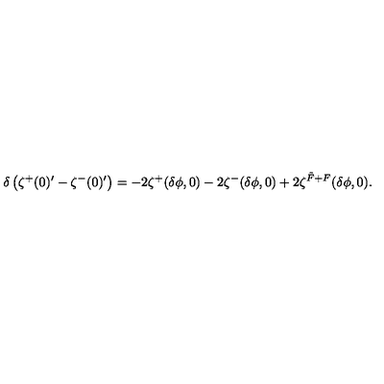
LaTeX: \delta \left( \zeta ^ { + } ( 0 ) ^ { \prime } - \zeta ^ { - } ( 0 ) ^ { \prime } \right) = - 2 \zeta ^ { + } ( \delta \phi , 0 ) - 2 \zeta ^ { - } ( \delta \phi , 0 ) + 2 \zeta ^ { \tilde { F } + F } ( \delta \phi , 0 ) .